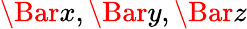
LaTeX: \Bar{x},\Bar{y},\Bar{z}